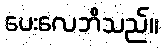
ပေးလေဘိသည်။